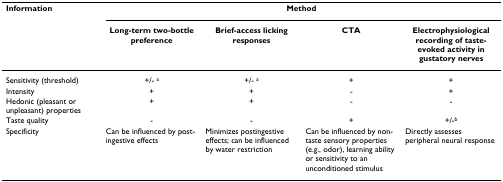
<table><thead><tr><td><b>Information</b></td><td colspan="4"><b>Method</b></td></tr><tr><td></td><td><b>Long-term two-bottle preference</b></td><td><b>Brief-access licking responses</b></td><td><b>CTA</b></td><td><b>Electrophysiological recording of taste-evoked activity in gustatory nerves</b></td></tr></thead><tbody><tr><td>Sensitivity (threshold)</td><td>+/- <sup>a</sup></td><td>+/- <sup>a</sup></td><td>+</td><td>+</td></tr><tr><td>Intensity</td><td>+</td><td>+</td><td>-</td><td>+</td></tr><tr><td>Hedonic (pleasant or unpleasant) properties</td><td>+</td><td>+</td><td>-</td><td>-</td></tr><tr><td>Taste quality</td><td>-</td><td>-</td><td>+</td><td>+/-<sup>b</sup></td></tr><tr><td>Specificity</td><td>Can be influenced by post-ingestive effects</td><td>Minimizes postingestive effects; can be influenced by water restriction</td><td>Can be influenced by non-taste sensory properties (e.g., odor), learning ability or sensitivity to an unconditioned stimulus</td><td>Directly assesses peripheral neural response</td></tr></tbody></table>